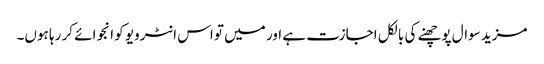
مزید سوال پوچھنے کی بالکل اجازت ہے اور میں تو اس انٹرویو کو انجوائے کر رہا ہوں۔